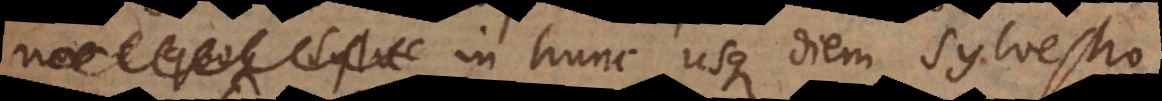
in hunc usque diem Sylvestro